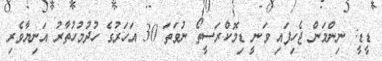
ޑީޑީ: ނިންމަން ޖެހިފައި ވަނީ ޑިމޮކްރަސީތޯ ނުވަތަ 30 އަަހަރުގެ ހުދުމުހުތާރު އަނިޔާވެރި